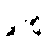
ပို့ချ